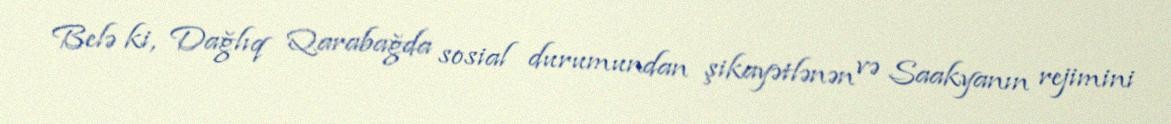
Belə ki, Dağlıq Qarabağda sosial durumundan şikayətlənən və Saakyanın rejimini